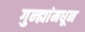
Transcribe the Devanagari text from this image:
गुन्ह्यांमधून